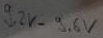
Text: 9,2V-9,6V